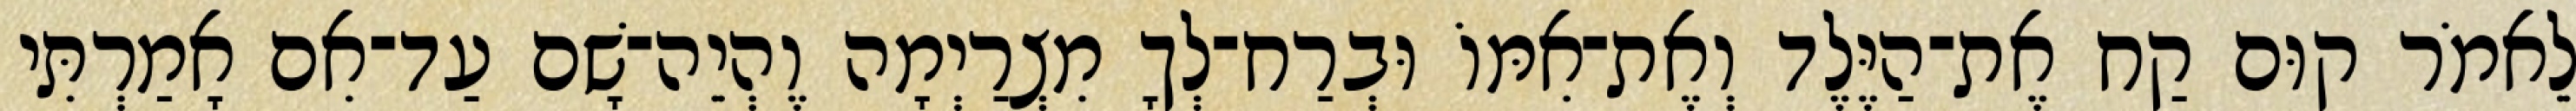
לֵאמֹר קוּם קַח אֶת־הַיֶּלֶד וְאֶת־אִמּוֹ וּבְרַח־לְךָ מִצְרַיְמָה וֶהְיֵה־שָׁם עַד־אִם אָמַרְתִּי